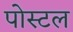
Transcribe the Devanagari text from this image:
पोस्‍टल